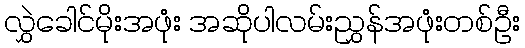
လွှဲခေါင်မိုးအဖုံး အဆိုပါလမ်းညွှန်အဖုံးတစ်ဦး